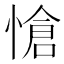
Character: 愴